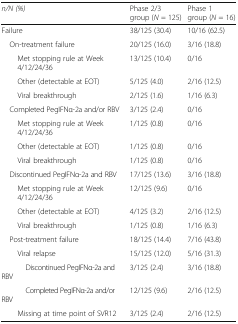
<table><thead><tr><td><b><i>n/N (%)</i></b></td><td><b>Phase 2/3 group (<i>N</i> = 125)</b></td><td><b>Phase 1 group (<i>N</i> = 16)</b></td></tr></thead><tbody><tr><td>Failure</td><td>38/125 (30.4)</td><td>10/16 (62.5)</td></tr><tr><td> On-treatment failure</td><td>20/125 (16.0)</td><td>3/16 (18.8)</td></tr><tr><td>Met stopping rule at Week 4/12/24/36</td><td>13/125 (10.4)</td><td>0/16</td></tr><tr><td>Other (detectable at EOT)</td><td>5/125 (4.0)</td><td>2/16 (12.5)</td></tr><tr><td>Viral breakthrough</td><td>2/125 (1.6)</td><td>1/16 (6.3)</td></tr><tr><td> Completed PegIFNα-2a and/or RBV</td><td>3/125 (2.4)</td><td>0/16</td></tr><tr><td>Met stopping rule at Week 4/12/24/36</td><td>1/125 (0.8)</td><td>0/16</td></tr><tr><td>Other (detectable at EOT)</td><td>1/125 (0.8)</td><td>0/16</td></tr><tr><td>Viral breakthrough</td><td>1/125 (0.8)</td><td>0/16</td></tr><tr><td> Discontinued PegIFNα-2a and RBV</td><td>17/125 (13.6)</td><td>3/16 (18.8)</td></tr><tr><td>Met stopping rule at Week 4/12/24/36</td><td>12/125 (9.6)</td><td>0/16</td></tr><tr><td>Other (detectable at EOT)</td><td>4/125 (3.2)</td><td>2/16 (12.5)</td></tr><tr><td>Viral breakthrough</td><td>1/125 (0.8)</td><td>1/16 (6.3)</td></tr><tr><td> Post-treatment failure</td><td>18/125 (14.4)</td><td>7/16 (43.8)</td></tr><tr><td>Viral relapse</td><td>15/125 (12.0)</td><td>5/16 (31.3)</td></tr><tr><td>Discontinued PegIFNα-2a and RBV</td><td>3/125 (2.4)</td><td>3/16 (18.8)</td></tr><tr><td>Completed PegIFNα-2a and/or RBV</td><td>12/125 (9.6)</td><td>2/16 (12.5)</td></tr><tr><td>Missing at time point of SVR12</td><td>3/125 (2.4)</td><td>2/16 (12.5)</td></tr></tbody></table>